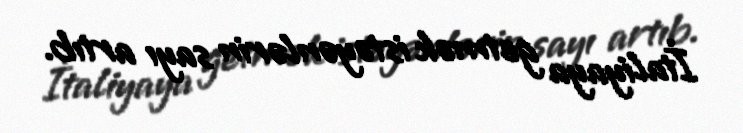
İtaliyaya getmək istəyənlərin sayı artıb.